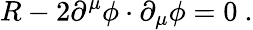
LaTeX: R-2\partial^{\mu}\phi\cdot\partial_{\mu}\phi=0\ .